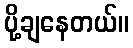
ပို့ချနေတယ်။